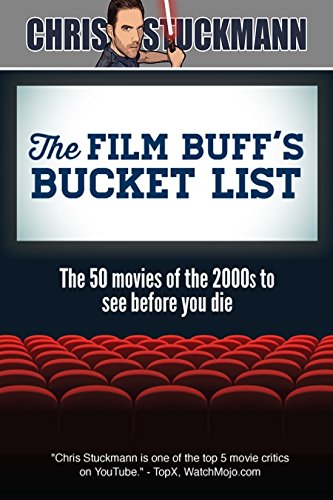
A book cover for The Film Buff's Bucket List: The 50 Movies of the 2000s to See Before You Die (Bucket List 101); Chris Stuckmann; Humor & Entertainment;